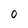
Character: o